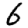
Digit: 6